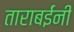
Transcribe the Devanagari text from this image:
ताराबईंनी